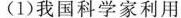
(1)我国科学家利用